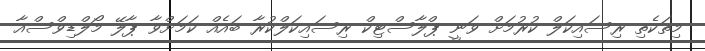
މިތަކެތި ރިސައިކަލް ކުރުމަށް ވަނީ ޕްލާސްޓިކް ރިސައިކަލްކުރާ ބައެެއް ކަމަށްވާ ޕާލޭ މޯލްޑިވްސްއާ